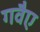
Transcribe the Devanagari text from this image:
गवैए